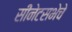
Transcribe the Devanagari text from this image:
सीनेटसभेचे